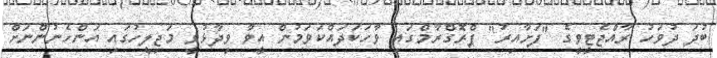
ބުދަ ދުވަހު ރާއްޖެޓީވީގެ "ފަށާއިރު" ޕްރޮގްރާމްގައި ވާހަކަދައްކަވަމުން އީވާ ވިދާޅުވީ މަޖިލީހުގައި އަންހެނުންނަށް